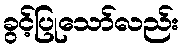
ခွင့်ပြုသော်လည်း